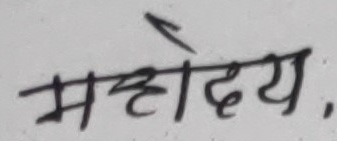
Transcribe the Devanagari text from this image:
महोदय,